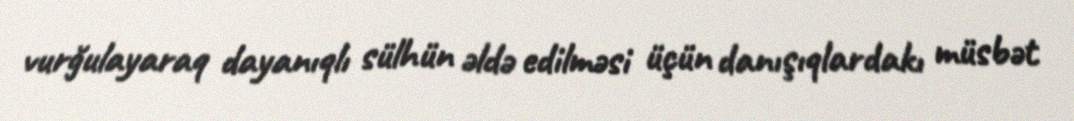
vurğulayaraq dayanıqlı sülhün əldə edilməsi üçün danışıqlardakı müsbət